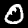
Digit: 0